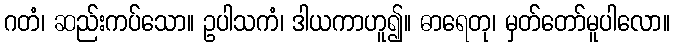
ဂတံ၊ ဆည်းကပ်သော။ ဥပါသကံ၊ ဒါယကာဟူ၍။ ဓာရေတု၊ မှတ်တော်မူပါလော။